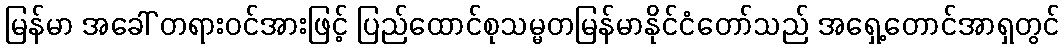
မြန်မာ အခေါ် တရားဝင်အားဖြင့် ပြည်ထောင်စုသမ္မတမြန်မာနိုင်ငံတော်သည် အရှေ့တောင်အာရှတွင်